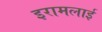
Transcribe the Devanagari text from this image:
इरामलाई